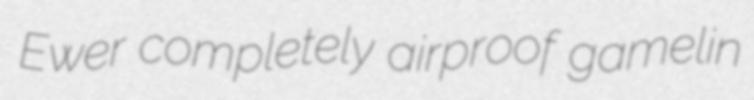
Ewer completely airproof gamelin